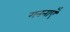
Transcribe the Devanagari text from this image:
गननाएँ